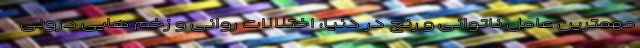
مهمترین عامل ناتوانی و رنج در دنیا، اختلالات روانی و زخم هایی درونی